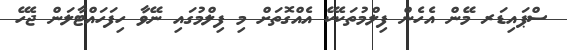
ސްޕައިޑަރ މޭން އެހެން ފިލްމުތަކެކޭ އެއްގޮތަށް މި ފިލްމުގައި ނޭވާ ހިފަހައްޓާލަން ޖެހޭ